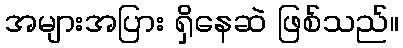
အများအပြား ရှိနေဆဲ ဖြစ်သည်။